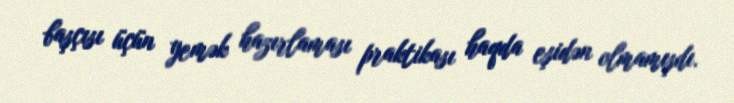
başçısı üçün yemək hazırlaması praktikası haqda eşidən olmamışdı.